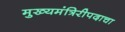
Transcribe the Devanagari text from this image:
मुख्यमंत्रिरीपदाचा